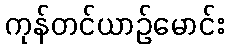
ကုန်တင်ယာဉ်မောင်း